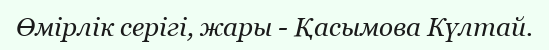
Өмірлік серігі, жары - Қасымова Күлтай.